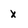
Character: x